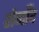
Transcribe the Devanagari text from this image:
शेगाँव